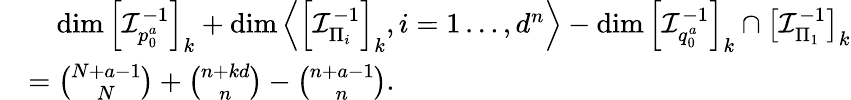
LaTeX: \begin{array}{rl}&{\quad\dim\left[\mathcal{I}_{p_{0}^{a}}^{-1}\right]_{k}+\dim\left\langle\left[\mathcal{I}_{\Pi_{i}}^{-1}\right]_{k},i=1\dots,d^{n}\right\rangle-\dim\left[\mathcal{I}_{q_{0}^{a}}^{-1}\right]_{k}\cap\left[\mathcal{I}_{\Pi_{1}}^{-1}\right]_{k}}\\ &{={\binom{N+a-1}{N}}+{\binom{n+kd}{n}}-{\binom{n+a-1}{n}}.}\end{array}